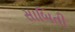
સાબિતી